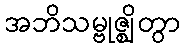
အဘိသမ္ဗုဇ္ဈိတွာ